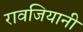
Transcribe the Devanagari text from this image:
रावजियानी